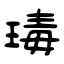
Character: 瑇